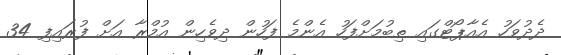
ދެދުވަހު އެއާޕޯޓްގައި ތިބުމަށްފަހު އެންމެ ފަހުން ދިވެހިން އުމްރާ އަށް ފުރައިފި 34